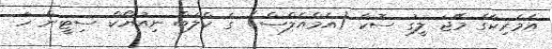
އެމެރިކާގެ މޭޖަ ލީގު ސޮކާ (އެމްއެލްސް) ގެ ކްލަބް ނިއުޔޯކް ސިޓީން ހަ